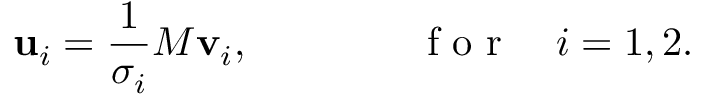
\mathbf { u } _ { i } = \frac { 1 } { \sigma _ { i } } M \mathbf { v } _ { i } , \qquad \qquad \mathrm { ~ f ~ o ~ r ~ } \quad i = 1 , 2 .